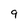
Character: 9